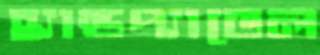
হ্যান্ডপ্যাডেল